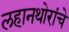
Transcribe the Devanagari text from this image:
लहानथोरांचे